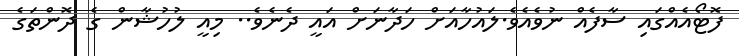
ފޮޓޯއެއްގައި ސާފެއް ނުވެއެވެ.ލައުހާއަށް ހަދާނަށް އައީ ދެެނެވެ.. މިއީ ލުހުޝާން ގެ ދޮންތަގެ